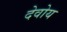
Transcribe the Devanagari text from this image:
देवोय